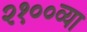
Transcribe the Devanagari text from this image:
२१००व्या